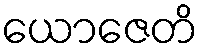
ယောဇေတိ